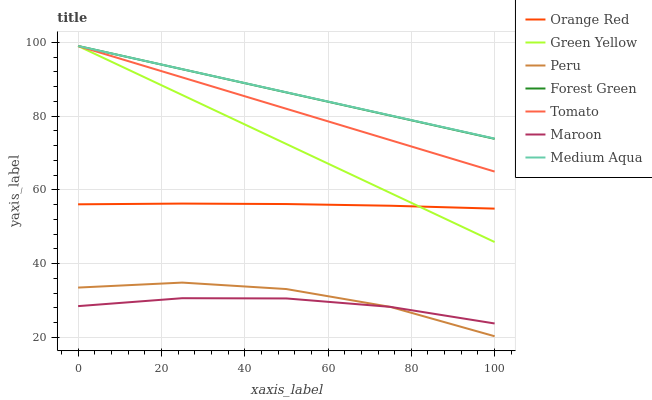
| xaxis_label | Orange Red | Green Yellow | Peru | Forest Green | Tomato | Maroon | Medium Aqua |
 | --- | --- | --- | --- | --- | --- | --- | --- |
 | 0 | 56.1 | 99 | 33.5 | 99 | 99 | 28.5 | 99 |
 | 25 | 56.3 | 85.7 | 34.9 | 92.7 | 90.5 | 30.6 | 92.7 |
 | 50 | 56.1 | 72.4 | 33.1 | 86.4 | 82 | 30.6 | 86.4 |
 | 75 | 55.7 | 59.1 | 28.3 | 80.1 | 73.5 | 28.3 | 80.2 |
 | 100 | 54.9 | 45.9 | 20.3 | 73.8 | 65 | 23.8 | 73.9 |